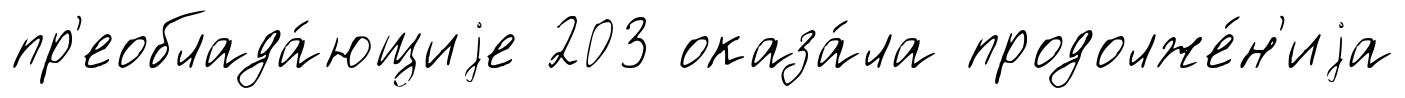
пр'еоблада́ющиjе 203 оказа́ла продолже́н'иjа